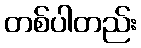
တစ်ပါတည်း